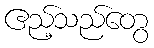
ဧည့်သည်တွေ